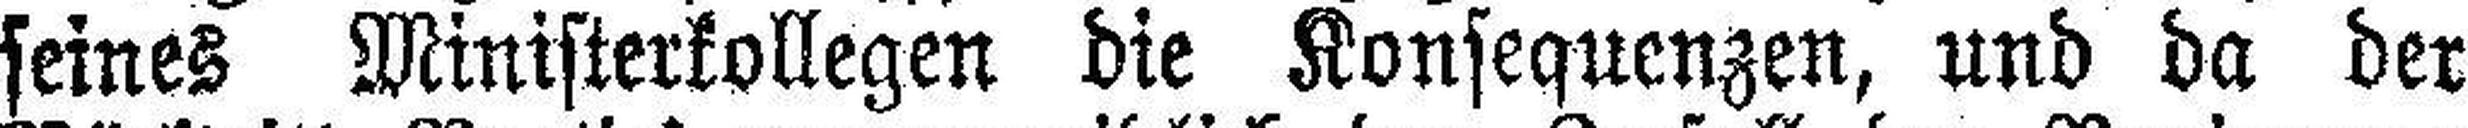
seines Ministerkollegen die Konsequenzen, und da der